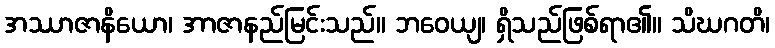
အဿာဇာနိယော၊ အာဇာနည်မြင်းသည်။ ဘဝေယျ၊ ရှိသည်ဖြစ်ရာ၏။ သိဃဂတိ၊